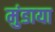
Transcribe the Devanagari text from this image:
मुंडाया